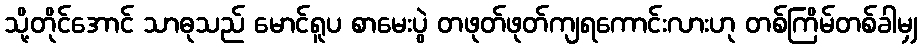
သို့တိုင်အောင် သာဓုသည် မောင်ရူပ စာမေးပွဲ တဖုတ်ဖုတ်ကျရကောင်းလားဟု တစ်ကြိမ်တစ်ခါမျှ